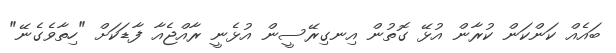
ބައެއް ކަންކަން ކުރާން އުޅޭ ގޮތުން އިނގިރޭސީން އުޅެނީ ރާއްޖެއާ ފާޑަކަށް "ހިތާވެގެނޭ"